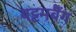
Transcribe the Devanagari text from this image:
बट्टमबैंग